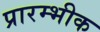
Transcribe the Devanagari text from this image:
प्रारम्भीक